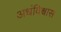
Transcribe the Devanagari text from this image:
अधंविश्वास